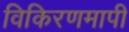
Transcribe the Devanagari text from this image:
विकिरणमापी